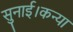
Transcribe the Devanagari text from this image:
सुनाई।कन्या